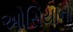
ઓસિયાનો